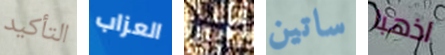
التأكيد العزاب نشاء ساتين اذهبا